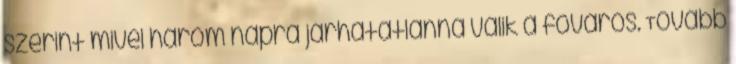
szerint mivel három napra járhatatlanná válik a főváros. Tovább